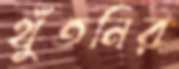
থুঁতনির